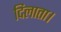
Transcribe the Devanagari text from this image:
दिलाता।